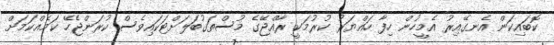
ކޮބައިކަން އެނގޭއިރު އެމީހުން ހިފާ ހައްޔަރު ކުރުމަކީ ރާއްޖޭގެ މުސްތަގުބަލަށްޓަކައިވެސް ކުރަންޖެހޭ ކަމެއްކަމަށް